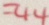
= 4 4